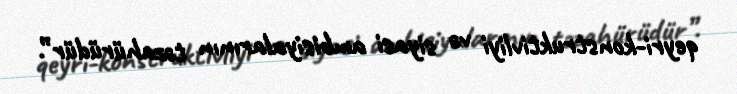
qeyri-konstruktivliyi və siyasi ambisiyalarının təzahürüdür”.